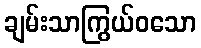
ချမ်းသာကြွယ်ဝသော